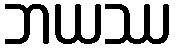
ဘယဿ